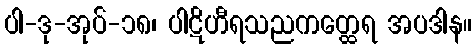
ပါ-ဒု-အုပ်-၁၈၊ ပါဋိဟီရသညကတ္ထေရ အပဒါန။